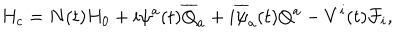
H _ { c } = N ( t ) H _ { 0 } + i \psi ^ { a } ( t ) \overline { { { Q } } } _ { a } + i \overline { { { \psi } } } _ { a } ( t ) Q ^ { a } - V ^ { i } ( t ) { \cal F } _ { i } ,